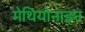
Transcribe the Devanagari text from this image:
मेथियोनाइन